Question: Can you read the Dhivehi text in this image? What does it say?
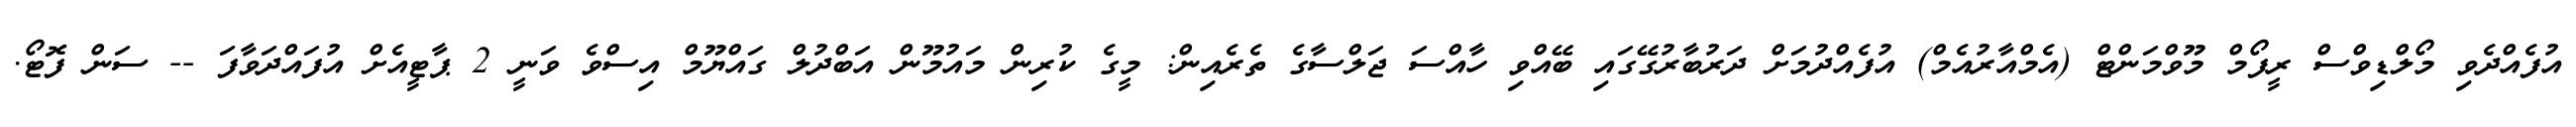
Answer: އުފެއްދެވި މޯލްޑިވްސް ރީފޯމް މޫވްމަންޓް (އެމްއާރުއެމް) އުފެއްދުމަށް ދަރުބާރުގޭގައި ބޭއްވި ހާއްސަ ޖަލްސާގެ ތެރެއިން: މީގެ ކުރިން މައުމޫން އަބްދުލް ގައްޔޫމް އިސްވެ ވަނީ 2 ޕާޓީއެށް އުފައްދަވާފަ -- ސަން ފޮޓޯ.